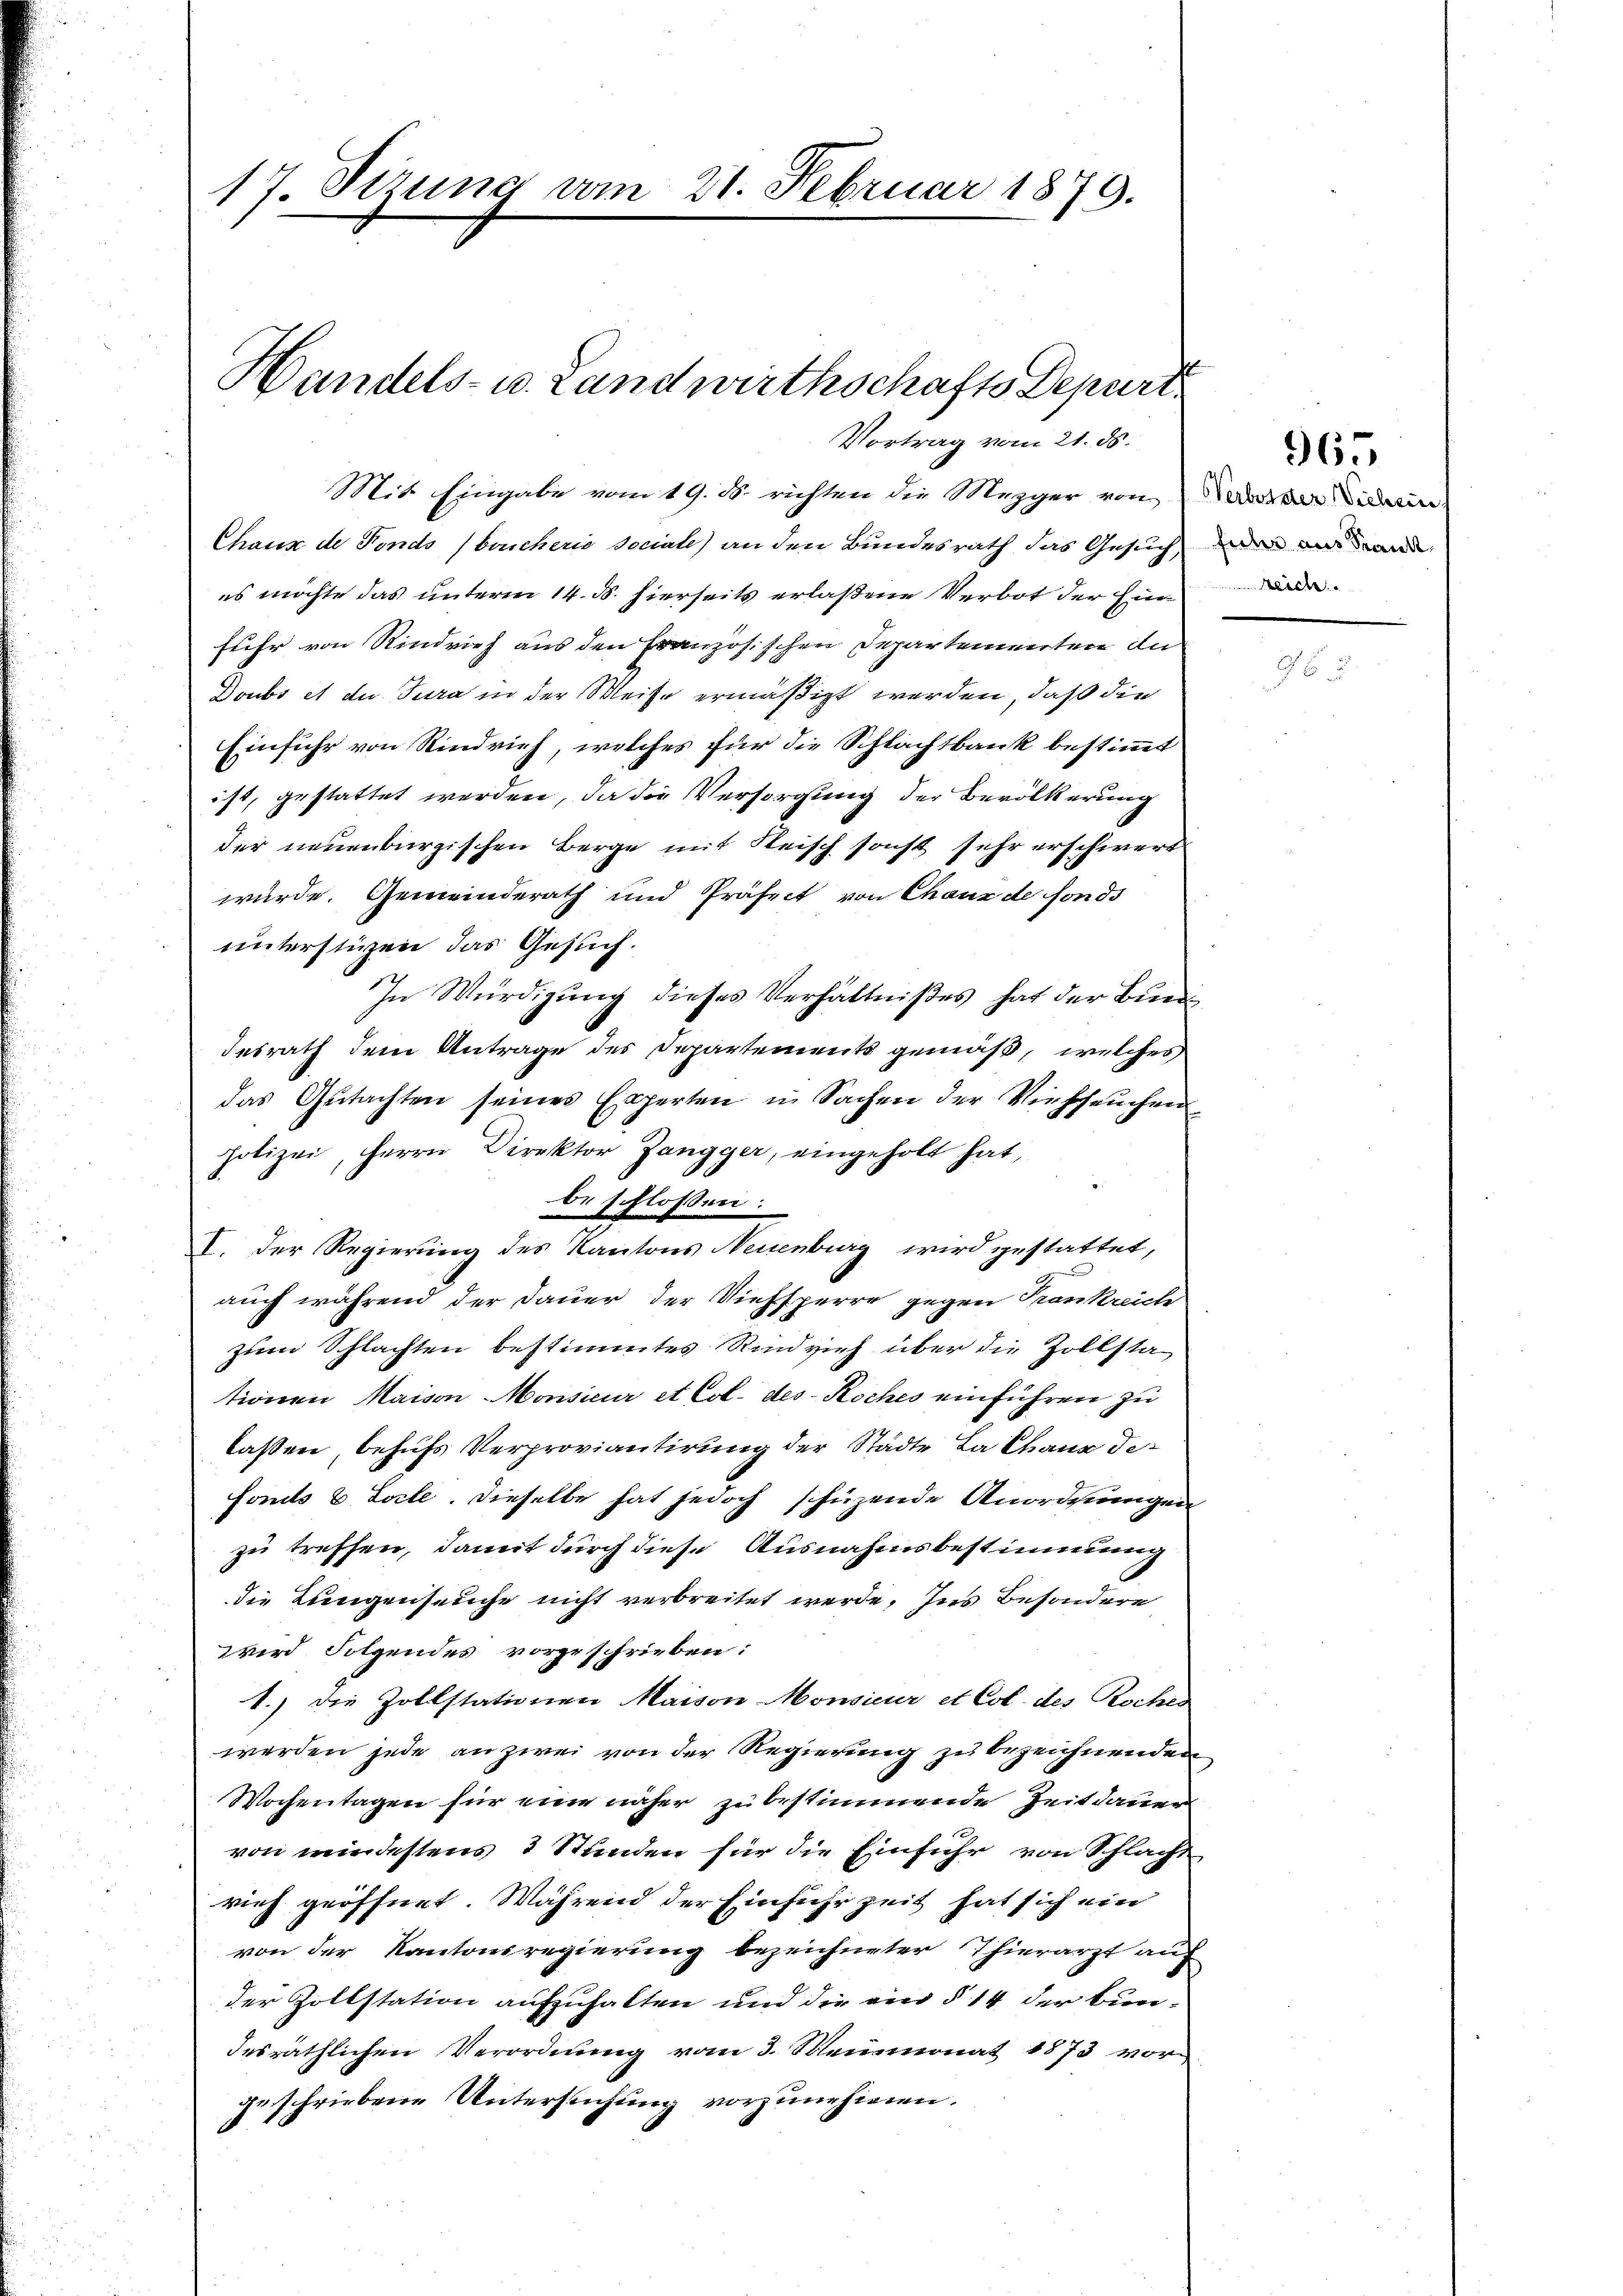
17. Stzung vom 21. Februar 1879.

Mit Eingabe vom 19. d. richten die Mezger von Anrede in
Chaux de Fonds (brucherie sociale an den Bundesrath das Gesuch, da ein
es möchte das unterm 14. d. hierseits erlaßene Verbot der Ein
fuhr von Rindvieh aus den Französischen Departementen di
Doubs et du Jura in der Weise ermäßigt werden, daß die
Einführ von Rindrief, welches für die Schlachtbank bestimmt
ist, gestattet werden, da die Versorgung der Bevölkerung
der neuenburgischen Berge mit Fleisch sonst sehr erschwert
würde. Gemeinderath und Präfect von Chaux de fonds
unterstüzen das Gesuch.
In Würdigung dieses Verhältnißes hat der Bundidesrath dem Antrage des Departements gemäß, welches
das Gŭtachten seines Experten in Sachen der Viehseuchen
polizei, Herrn Direktor Zangger, eingeholt hat,
beschlossen:
I. Der Regierung des Kantons Neuenburg wird gestattet,
auch während der Dauer der Viehsperre gegen Trankreiche
zum Schlachten bestimmtes Rindvieh über die Zollsta
tionen Maison Monsieur et Col. des Koches einführen zu
laßen, behufs Verproviantirung der Städte La Chaus de
somits u. Loche. Dieselbe hat jedoch schüzende Anordnungen
zu treffen, damit durch diese Ausnahmsbestimmung
die Lungenseuche nicht verbreitet werde, ins Besondere
wird Folgendes vorgeschrieben:
1.) Die Zollstationen Maison Monsieur et Col. des Roches
werden jede an zwei von der Regierung zu bezeichnenden
Wochentagen für eine näher zu bestimmende Zeitdauer
von windestens 3 Stunden für die Einfuhr von Schlacht
rief geöffnet. Während der Einführ zeit hat sich ein
von der Kantonsregierung bezeichneter Thierarzt auf
der Zollstation aufzuhalten und die ein § 14 der Bundesräthlichen Verordnung vom 3. Meinmonat 1873 vorgeschriebene Untersuchung vorzunehmen.

Handels- u. Landwirthschafts Depart.
Vortrag vom 21. ds.

965